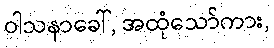
ဝါသနာခေါ်, အထုံသော်ကား,